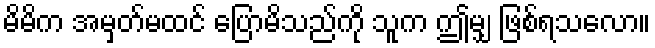
မိမိက အမှတ်မထင် ပြောမိသည်ကို သူက ဤမျှ ဖြစ်ရသလော။